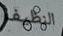
النظيف